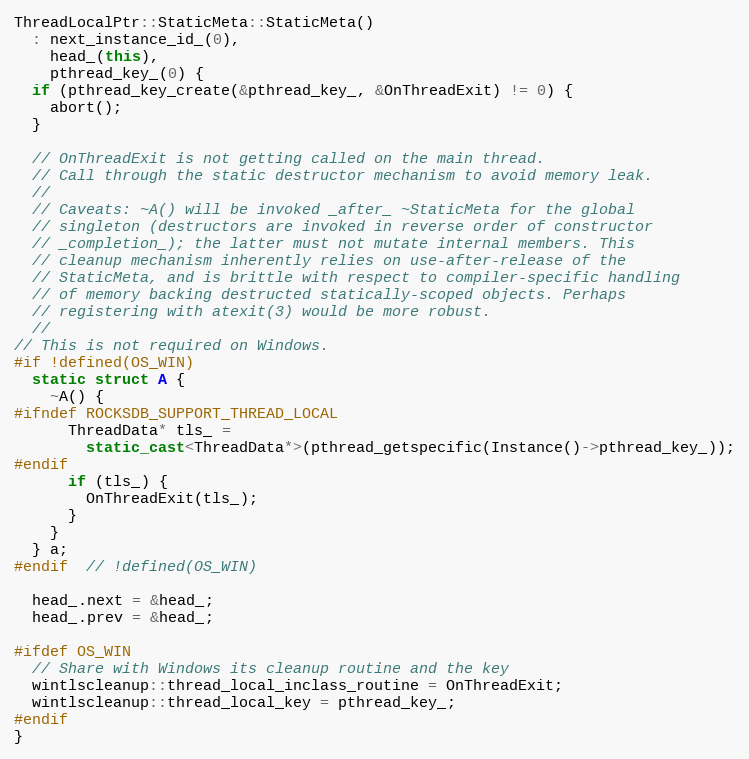
Language: C++
ThreadLocalPtr::StaticMeta::StaticMeta()
  : next_instance_id_(0),
    head_(this),
    pthread_key_(0) {
  if (pthread_key_create(&pthread_key_, &OnThreadExit) != 0) {
    abort();
  }

  // OnThreadExit is not getting called on the main thread.
  // Call through the static destructor mechanism to avoid memory leak.
  //
  // Caveats: ~A() will be invoked _after_ ~StaticMeta for the global
  // singleton (destructors are invoked in reverse order of constructor
  // _completion_); the latter must not mutate internal members. This
  // cleanup mechanism inherently relies on use-after-release of the
  // StaticMeta, and is brittle with respect to compiler-specific handling
  // of memory backing destructed statically-scoped objects. Perhaps
  // registering with atexit(3) would be more robust.
  //
// This is not required on Windows.
#if !defined(OS_WIN)
  static struct A {
    ~A() {
#ifndef ROCKSDB_SUPPORT_THREAD_LOCAL
      ThreadData* tls_ =
        static_cast<ThreadData*>(pthread_getspecific(Instance()->pthread_key_));
#endif
      if (tls_) {
        OnThreadExit(tls_);
      }
    }
  } a;
#endif  // !defined(OS_WIN)

  head_.next = &head_;
  head_.prev = &head_;

#ifdef OS_WIN
  // Share with Windows its cleanup routine and the key
  wintlscleanup::thread_local_inclass_routine = OnThreadExit;
  wintlscleanup::thread_local_key = pthread_key_;
#endif
}